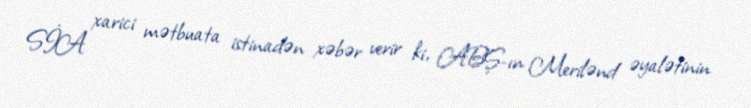
SİA xarici mətbuata istinadən xəbər verir ki, ABŞ-ın Merilənd əyalətinin